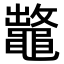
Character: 𪓶